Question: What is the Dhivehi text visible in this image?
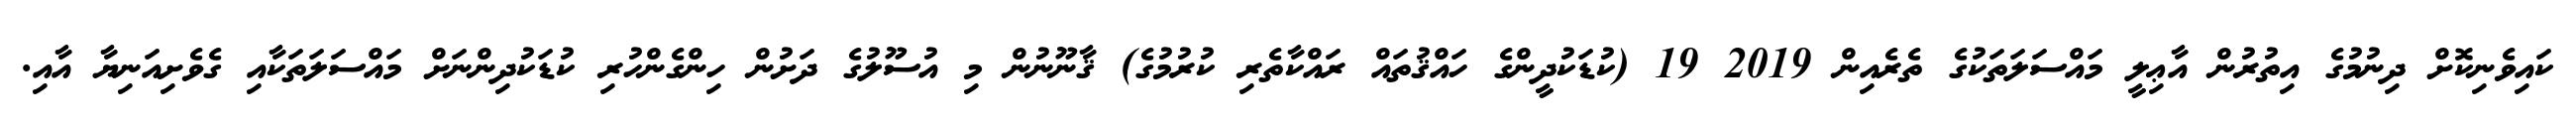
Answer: ކައިވެނިކޮށް ދިނުމުގެ އިތުރުން އާޢިލީ މައްސަލަތަކުގެ ތެރެއިން 2019 19 (ކުޑަކުދީންގެ ހައްޤުތައް ރައްކާތެރި ކުރުމުގެ) ޤާނޫނުން މި އުސޫލުގެ ދަށުން ހިންގެންހުރި ކުޑަކުދިންނަށް މައްސަލަތަކާއި ގެވެށިއަނިޔާ އާއި.